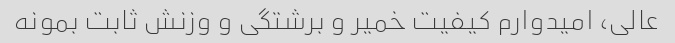
عالی، امیدوارم کیفیت خمیر و برشتگی و وزنش ثابت بمونه